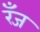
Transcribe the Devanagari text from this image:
रँज